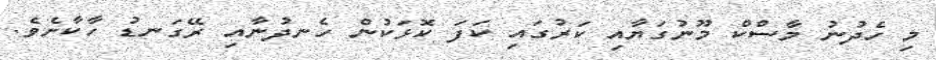
މި ހެދުނު މާސްކް މޫނުގަޔާއި ކަރުގައި ކަފަ ކޮޅަކުން ހެނދުނާއި ރޭގަނޑު ހާކާށެވެ.